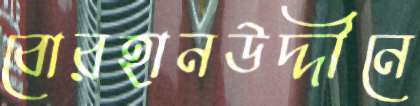
বোরহানউদ্দীনে